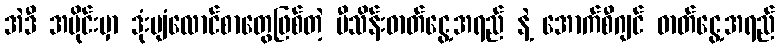
အဲဒီ အပိုင်းမှာ ဒုံးပျံလောင်စာတွေဖြစ်တဲ့ မီသိန်းဓာတ်ငွေ့အရည် နဲ့ အောက်စီဂျင် ဓာတ်ငွေ့အရည်